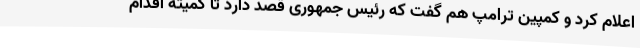
اعلام کرد و کمپین ترامپ هم گفت که رئیس جمهوری قصد دارد تا کمیته اقدام